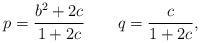
LaTeX: \begin{align*} p = \frac{b^{2}+2c}{1+2c} \qquad q = \frac{c}{1+2c} , \end{align*}